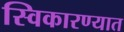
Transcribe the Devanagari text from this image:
स्विकारण्यात